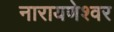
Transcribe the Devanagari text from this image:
नारायणेश्वर